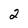
Character: 2